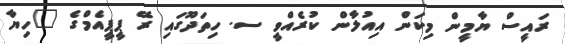
ރައީސް ޔާމީން މިކަން އިއުލާން ކުރެއްވީ ސ. ހިތަދޫގައި ރޭ ޕީޕީއެމްގެ "ހިޔާ